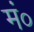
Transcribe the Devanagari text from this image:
मं०